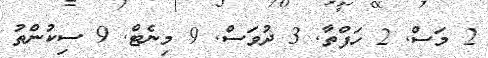
2 މަސް